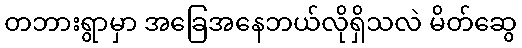
တဘားရွာမှာ အခြေအနေဘယ်လိုရှိသလဲ မိတ်ဆွေ